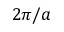
2 \pi / a